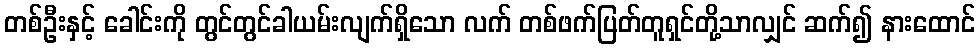
တစ်ဦးနှင့် ခေါင်းကို တွင်တွင်ခါယမ်းလျက်ရှိသော လက် တစ်ဖက်ပြတ်တူရှင်တို့သာလျှင် ဆက်၍ နားထောင်